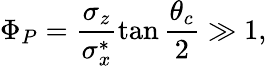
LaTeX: \Phi_{P}=\frac{\sigma_{z}}{\sigma_{x}^{*}}\tan\frac{\theta_{c}}{2}\gg 1,